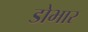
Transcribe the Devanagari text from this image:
डोभार